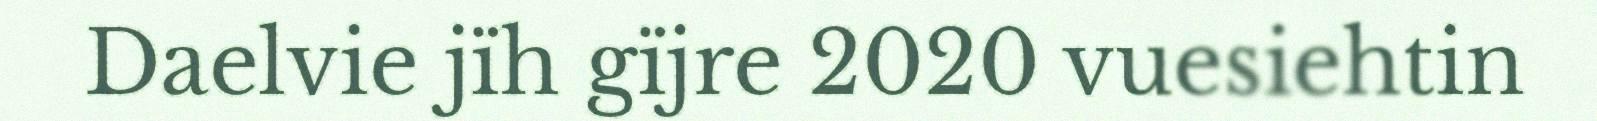
Daelvie jïh gïjre 2020 vuesiehtin